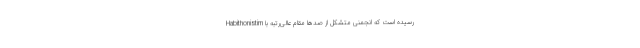
Habithonistim رسیده است که انجمنی متشکل از صدها مقام عالی‌رتبه با